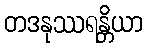
တဒနုဿရန္တိယာ